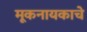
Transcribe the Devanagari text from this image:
मूकनायकाचे